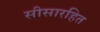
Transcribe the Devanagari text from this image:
सीसारहित